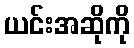
ယင်းအဆိုကို